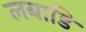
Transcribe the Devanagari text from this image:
लबाडि